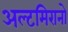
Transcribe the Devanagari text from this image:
अल्टमिरानो